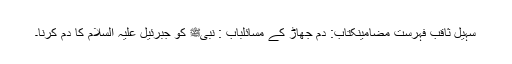
سہیل ثاقبؔ فہرست مضامینکتاب: دم جھاڑ کے مسائلباب : نبیﷺ کو جبرئیل علیہ السلام کا دم کرنا۔